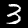
Label: 3